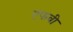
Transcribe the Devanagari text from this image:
एफवी